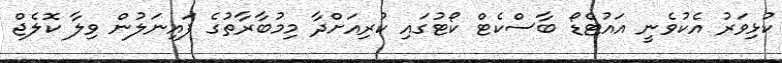
ކުޅިވަރު އެކުވެނީ އައުޓްޑޯ ބާސްކެޓް ކޯޓުގައި ކުރިއަށްދާ މިމުބާރާތުގެ ފައިނަލުން ވިލާ ކޮލެޖް